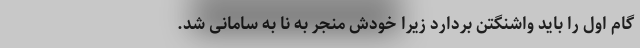
گام اول را باید واشنگتن بردارد زیرا خودش منجر به نا به سامانی شد.